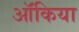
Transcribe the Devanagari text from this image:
ऑंकिया